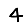
Digit: 4